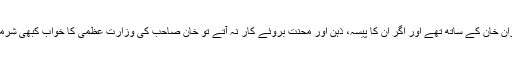
جہانگیر ترین ڈٹ کر عمران خان کے ساتھ تھے اور اگر ان کا پیسہ، ذہن اور محنت بروئے کار نہ آتے تو خان صاحب کی وزارتِ عظمیٰ کا خواب کبھی شرمندہ تعبیر نہیں ہو سکتا تھا۔